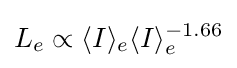
L_{e}\propto \langle I\rangle _{e}\langle I\rangle _{e}^{-1.66}